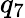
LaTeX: q_{7}